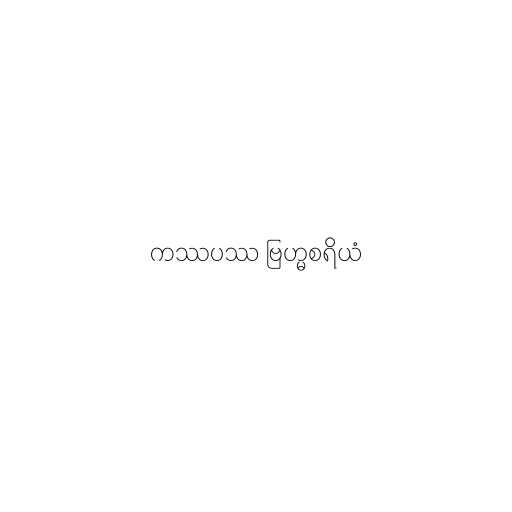
ကဿပဿ ဗြဟ္မစရိယံ